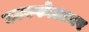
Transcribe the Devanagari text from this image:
घटस्फोटावर